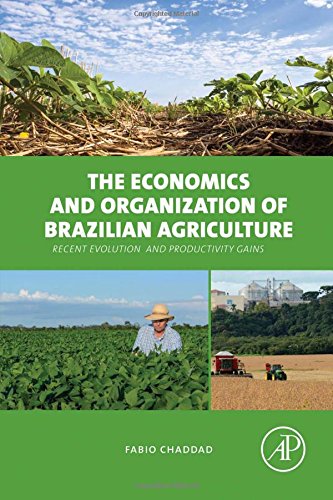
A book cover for The Economics and Organization of Brazilian Agriculture: Recent Evolution and Productivity Gains; Fabio Chaddad; Science & Math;